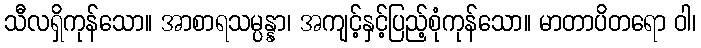
သီလရှိကုန်သော။ အာစာရသမ္ပန္နာ၊ အကျင့်နှင့်ပြည့်စုံကုန်သော။ မာတာပိတရော ဝါ၊